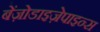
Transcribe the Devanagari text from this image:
बेंज़ोडाइज़ेपाइन्स